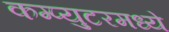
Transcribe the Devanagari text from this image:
कम्प्युटरमध्ये